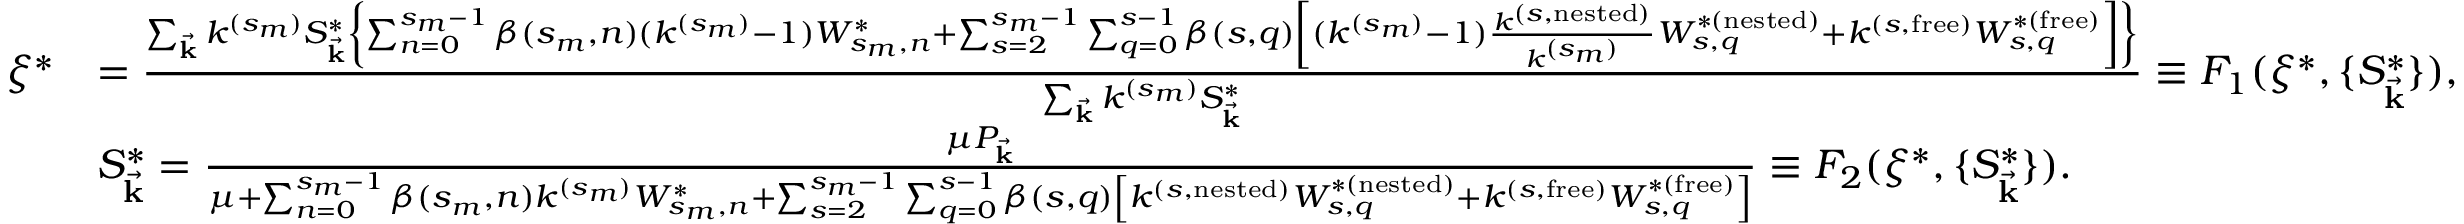
\begin{array} { r l } { \xi ^ { * } } & { = \frac { \sum _ { \vec { \mathbf { k } } } k ^ { ( s _ { m } ) } S _ { \vec { \mathbf { k } } } ^ { * } \left\{ \sum _ { n = 0 } ^ { s _ { m } - 1 } \beta ( s _ { m } , n ) ( k ^ { ( s _ { m } ) } - 1 ) W _ { s _ { m } , n } ^ { * } + \sum _ { s = 2 } ^ { s _ { m } - 1 } \sum _ { q = 0 } ^ { s - 1 } \beta ( s , q ) \left[ ( k ^ { ( s _ { m } ) } - 1 ) \frac { k ^ { ( s , \mathrm { n e s t e d } ) } } { k ^ { ( s _ { m } ) } } W _ { s , q } ^ { * ( \mathrm { n e s t e d } ) } + k ^ { ( s , \mathrm { f r e e } ) } W _ { s , q } ^ { * ( \mathrm { f r e e } ) } \right] \right\} } { \sum _ { \vec { \mathbf { k } } } k ^ { ( s _ { m } ) } S _ { \vec { \mathbf { k } } } ^ { * } } \equiv F _ { 1 } ( \xi ^ { * } , \{ S _ { \vec { \mathbf { k } } } ^ { * } \} ) , } \\ & { S _ { \vec { \mathbf { k } } } ^ { * } = \frac { \mu P _ { \vec { \mathbf { k } } } } { \mu + \sum _ { n = 0 } ^ { s _ { m } - 1 } \beta ( s _ { m } , n ) k ^ { ( s _ { m } ) } W _ { s _ { m } , n } ^ { * } + \sum _ { s = 2 } ^ { s _ { m } - 1 } \sum _ { q = 0 } ^ { s - 1 } \beta ( s , q ) \left[ k ^ { ( s , \mathrm { n e s t e d } ) } W _ { s , q } ^ { * ( \mathrm { n e s t e d } ) } + k ^ { ( s , \mathrm { f r e e } ) } W _ { s , q } ^ { * ( \mathrm { f r e e } ) } \right] } \equiv F _ { 2 } ( \xi ^ { * } , \{ S _ { \vec { \mathbf { k } } } ^ { * } \} ) . } \end{array}